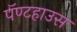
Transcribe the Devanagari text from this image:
पॅण्टहाउस